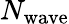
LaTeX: N_{\mathrm{wave}}